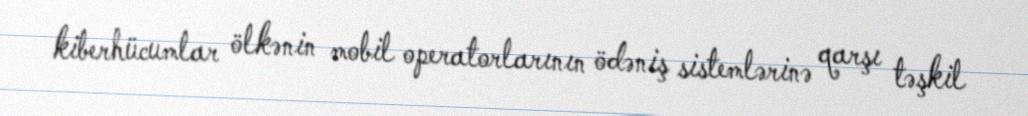
kiberhücumlar ölkənin mobil operatorlarının ödəniş sistemlərinə qarşı təşkil